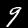
Label: 9